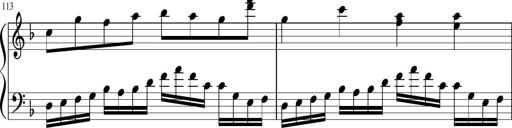
Title: Sonatina in F major
Composer: Ethan Ngo
Key: F major